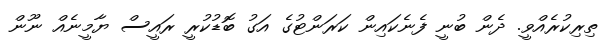
ތިރިކުރެއްވީ. ދެން ބުނީ ފެނެކައިން ކަރަންޓުގެ އަގު ބޮޑުކުރީ ރައީސް ޔާމީނެއް ނޫން